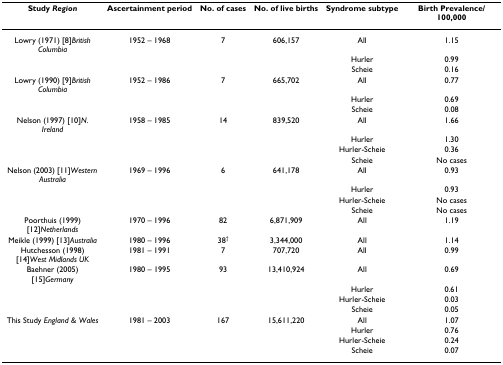
<table><thead><tr><td><b>Study <i>Region</i></b></td><td><b>Ascertainment period</b></td><td><b>No. of cases</b></td><td><b>No. of live births</b></td><td><b>Syndrome subtype</b></td><td><b>Birth Prevalence/100,000</b></td></tr></thead><tbody><tr><td>Lowry (1971) [8]<i>British Columbia</i></td><td>1952 – 1968</td><td>7</td><td>606,157</td><td>All</td><td>1.15</td></tr><tr><td></td><td></td><td></td><td></td><td>Hurler</td><td>0.99</td></tr><tr><td></td><td></td><td></td><td></td><td>Scheie</td><td>0.16</td></tr><tr><td>Lowry (1990) [9]<i>British Columbia</i></td><td>1952 – 1986</td><td>7</td><td>665,702</td><td>All</td><td>0.77</td></tr><tr><td></td><td></td><td></td><td></td><td>Hurler</td><td>0.69</td></tr><tr><td></td><td></td><td></td><td></td><td>Scheie</td><td>0.08</td></tr><tr><td>Nelson (1997) [10]<i>N. Ireland</i></td><td>1958 – 1985</td><td>14</td><td>839,520</td><td>All</td><td>1.66</td></tr><tr><td></td><td></td><td></td><td></td><td>Hurler</td><td>1.30</td></tr><tr><td></td><td></td><td></td><td></td><td>Hurler-Scheie</td><td>0.36</td></tr><tr><td></td><td></td><td></td><td></td><td>Scheie</td><td>No cases</td></tr><tr><td>Nelson (2003) [11]<i>Western Australia</i></td><td>1969 – 1996</td><td>6</td><td>641,178</td><td>All</td><td>0.93</td></tr><tr><td></td><td></td><td></td><td></td><td>Hurler</td><td>0.93</td></tr><tr><td></td><td></td><td></td><td></td><td>Hurler-Scheie</td><td>No cases</td></tr><tr><td></td><td></td><td></td><td></td><td>Scheie</td><td>No cases</td></tr><tr><td>Poorthuis (1999) [12]<i>Netherlands</i></td><td>1970 – 1996</td><td>82</td><td>6,871,909</td><td>All</td><td>1.19</td></tr><tr><td>Meikle (1999) [13]<i>Australia</i></td><td>1980 – 1996</td><td>38<sup>†</sup></td><td>3,344,000</td><td>All</td><td>1.14</td></tr><tr><td>Hutchesson (1998) [14]<i>West Midlands UK</i></td><td>1981 – 1991</td><td>7</td><td>707,720</td><td>All</td><td>0.99</td></tr><tr><td>Baehner (2005) [15]<i>Germany</i></td><td>1980 – 1995</td><td>93</td><td>13,410,924</td><td>All</td><td>0.69</td></tr><tr><td></td><td></td><td></td><td></td><td>Hurler</td><td>0.61</td></tr><tr><td></td><td></td><td></td><td></td><td>Hurler-Scheie</td><td>0.03</td></tr><tr><td></td><td></td><td></td><td></td><td>Scheie</td><td>0.05</td></tr><tr><td>This Study <i>England &amp; Wales</i></td><td>1981 – 2003</td><td>167</td><td>15,611,220</td><td>All</td><td>1.07</td></tr><tr><td></td><td></td><td></td><td></td><td>Hurler</td><td>0.76</td></tr><tr><td></td><td></td><td></td><td></td><td>Hurler-Scheie</td><td>0.24</td></tr><tr><td></td><td></td><td></td><td></td><td>Scheie</td><td>0.07</td></tr></tbody></table>